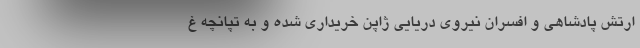
ارتش پادشاهی و افسران نیروی دریایی ژاپن خریداری شده و به تپانچه غ